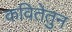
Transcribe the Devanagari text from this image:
कवितेतुन